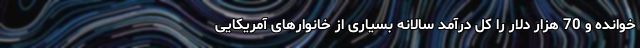
خوانده و 70 هزار دلار را کل درآمد سالانه بسیاری از خانوارهای آمریکایی